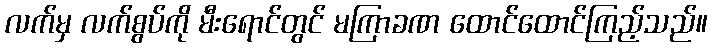
လက်မှ လက်စွပ်ကို မီးရောင်တွင် မကြာခဏ ထောင်ထောင်ကြည့်သည်။